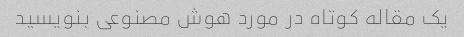
یک مقاله کوتاه در مورد هوش مصنوعی بنویسید